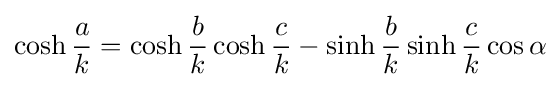
\cosh {\frac {a}{k}}=\cosh {\frac {b}{k}}\cosh {\frac {c}{k}}-\sinh {\frac {b}{k}}\sinh {\frac {c}{k}}\cos \alpha